Report on the nature of kala-azar
Disease focus: Kala-Azar
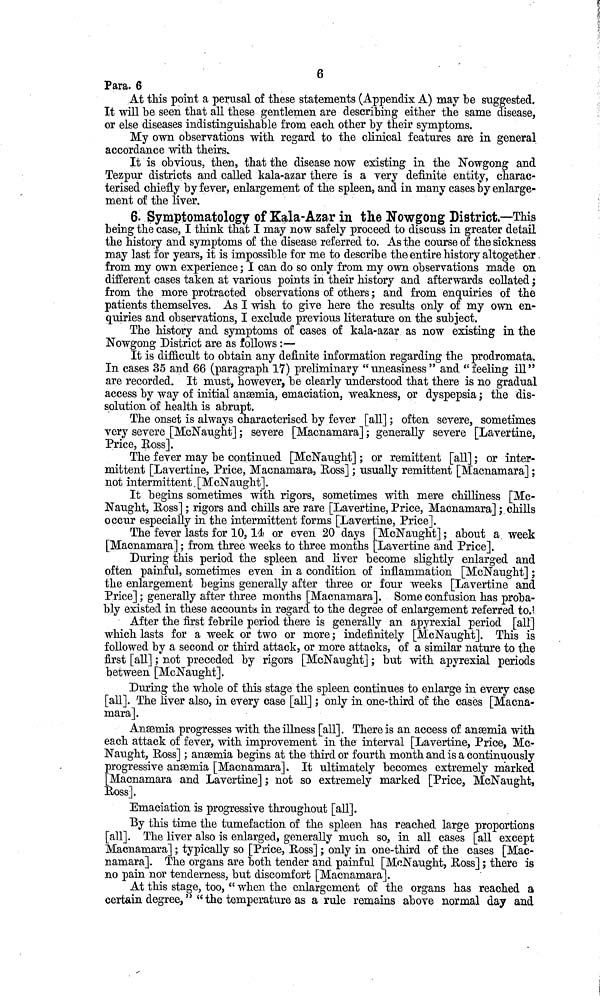
6
Para. 6
At this point a perusal of these statements (Appendix A) may be suggested.
It will be seen that all these gentlemen are describing either the same disease,
or else diseases indistinguishable from each other by their symptoms.
My own observations with regard to the clinical features are in general
accordance with theirs.
It is obvious, then, that the disease now existing in the Nowgong and
Tezpur districts and called kala-azar there is a very definite entity, charac-
terised chiefly by fever, enlargement of the spleen, and in many cases by enlarge-
ment of the liver.
6. Symptomatology of Kala-Azar in the Nowgong District.—This
being the case, I think that I may now safely proceed to discuss in greater detail
the history and symptoms of the disease referred to. As the course of the sickness
may last for years, it is impossible for me to describe the entire history altogether
from my own experience ; I can do so only from my own observations made on
different cases taken at various points in their history and afterwards collated ;
from the more protracted observations of others ; and from enquiries of the
patients themselves. As I wish to give here the results only of my own en-
quiries and observations, I exclude previous literature on the subject.
The history and symptoms of cases of kala-azar as now existing in the
Nowgong District are as follows :—
It is difficult to obtain any definite information regarding the prodromata.
In cases 35 and 66 (paragraph 17) preliminary "uneasiness" and "feeling ill"
are recorded. It must, however, be clearly understood that there is no gradual
access by way of initial anæmia, emaciation, weakness, or dyspepsia ; the dis-
solution of health is abrupt.
The onset is always characterised by fever [all] ; often severe, sometimes
very severe [McNaught] ; severe [Macnamara] ; generally severe [Lavertine,
Price, Ross].
The fever may be continued [McNaught] ; or remittent [all] ; or inter-
mittent [Lavertine, Price, Macnamara, Ross] ; usually remittent [Macnamara] ;
not intermittent.[McNaught].
It begins sometimes with rigors, sometimes with mere chilliness [Mc-
Naught, Ross] ; rigors and chills are rare [Lavertine, Price, Macnamara] ; chills
occur especially in the intermittent forms [Lavertine, Price].
The fever lasts for 10, 14 or even 20 days [McNaught] ; about a week
[Macnamara] ; from three weeks to three months [Lavertine and Price].
During this period the spleen and liver become slightly enlarged and
often painful, sometimes even in a condition of inflammation [McNaught] ;
the enlargement begins generally after three or four weeks [Lavertine and
Price] ; generally after three months [Macnamara]. Some confusion has proba-
bly existed in these account« in regard to the degree of enlargement referred to.
After the first febrile period there is generally an apyrexial period [all]
which lasts for a week or two or more; indefinitely [McNaught]. This is
followed by a second or third attack, or more attacks, of a similar nature to the
first [all] ; not preceded by rigors [McNaught] ; but with apyrexial periods
between [McNaught].
During the whole of this stage the spleen continues to enlarge in every case
[all]. The liver also, in every case [all] ; only in one-third of the cases [Macna-
mara].
Anæmia progresses with the illness [all]. There is an access of anæmia with
each attack of fever, with improvement in the interval [Lavertine, Price, Mc-
Naught, Boss] ; anæmia begins at the third or fourth month and is a continuously
progressive anæmia [Macnamara]. It ultimately becomes extremely marked
[Macnamara and Lavertine] ; not so extremely marked [Price, McNaught,
Ross].
Emaciation is progressive throughout [all].
By this time the tumefaction of the spleen has reached large proportions
[all]. The liver also is enlarged, generally much so, in all cases [all except
Macnamara] ; typically so [Price, Ross] ; only in one-third of the cases [Mac-
namara]. The organs are both tender and painful [MoNaught, Ross] ; there is
no pain nor tenderness, but discomfort [Macnamara].
At this stage, too, " when the enlargement of the organs has reached a
certain degree, " "the temperature as a rule remains above normal day and